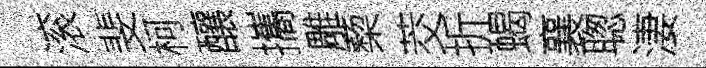
滚斐柯釀攜雕蔾茭折蝎襄聦淒